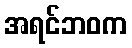
အရင်ဘဝက